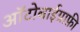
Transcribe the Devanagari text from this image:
आॅटोबाईग्राफ़ी